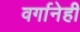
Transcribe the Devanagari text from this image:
वर्गानेही